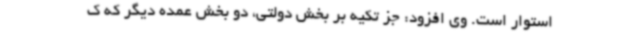
استوار است. وی افزود: جز تکیه بر بخش دولتی، دو بخش عمده دیگر که ک